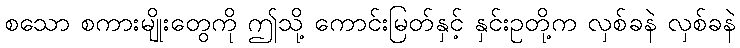
စသော စကားမျိုးတွေကို ဤသို့ ကောင်းမြတ်နှင့် နှင်းဥတို့က လှစ်ခနဲ လှစ်ခနဲ